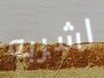
اشربه